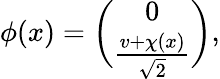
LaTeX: \phi(x)={\binom{0}{\frac{v+\chi(x)}{\sqrt 2}}},